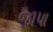
જાપા